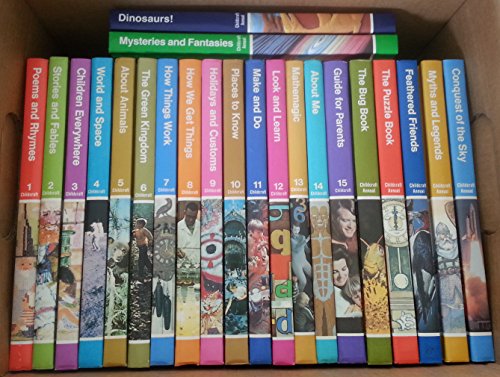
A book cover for Childcraft: The How & Why Library (15 Volume Set); Childcraft Editiors; Reference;